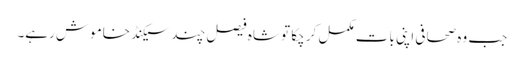
جب وہ صحافی اپنی بات مکمل کر چکا تو شاہ فیصل چند سیکنڈ خاموش رہے۔